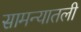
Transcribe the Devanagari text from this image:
सामन्यातली